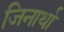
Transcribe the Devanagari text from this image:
जिनार्था